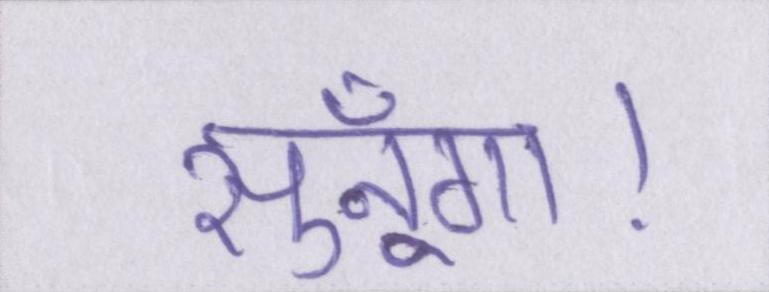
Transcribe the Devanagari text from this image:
सुनूँगा।